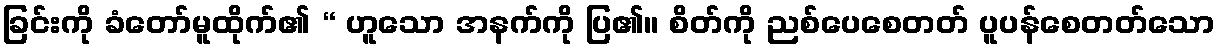
ခြင်းကို ခံတော်မူထိုက်၏ “ ဟူသော အနက်ကို ပြ၏။ စိတ်ကို ညစ်ပေစေတတ် ပူပန်စေတတ်သော